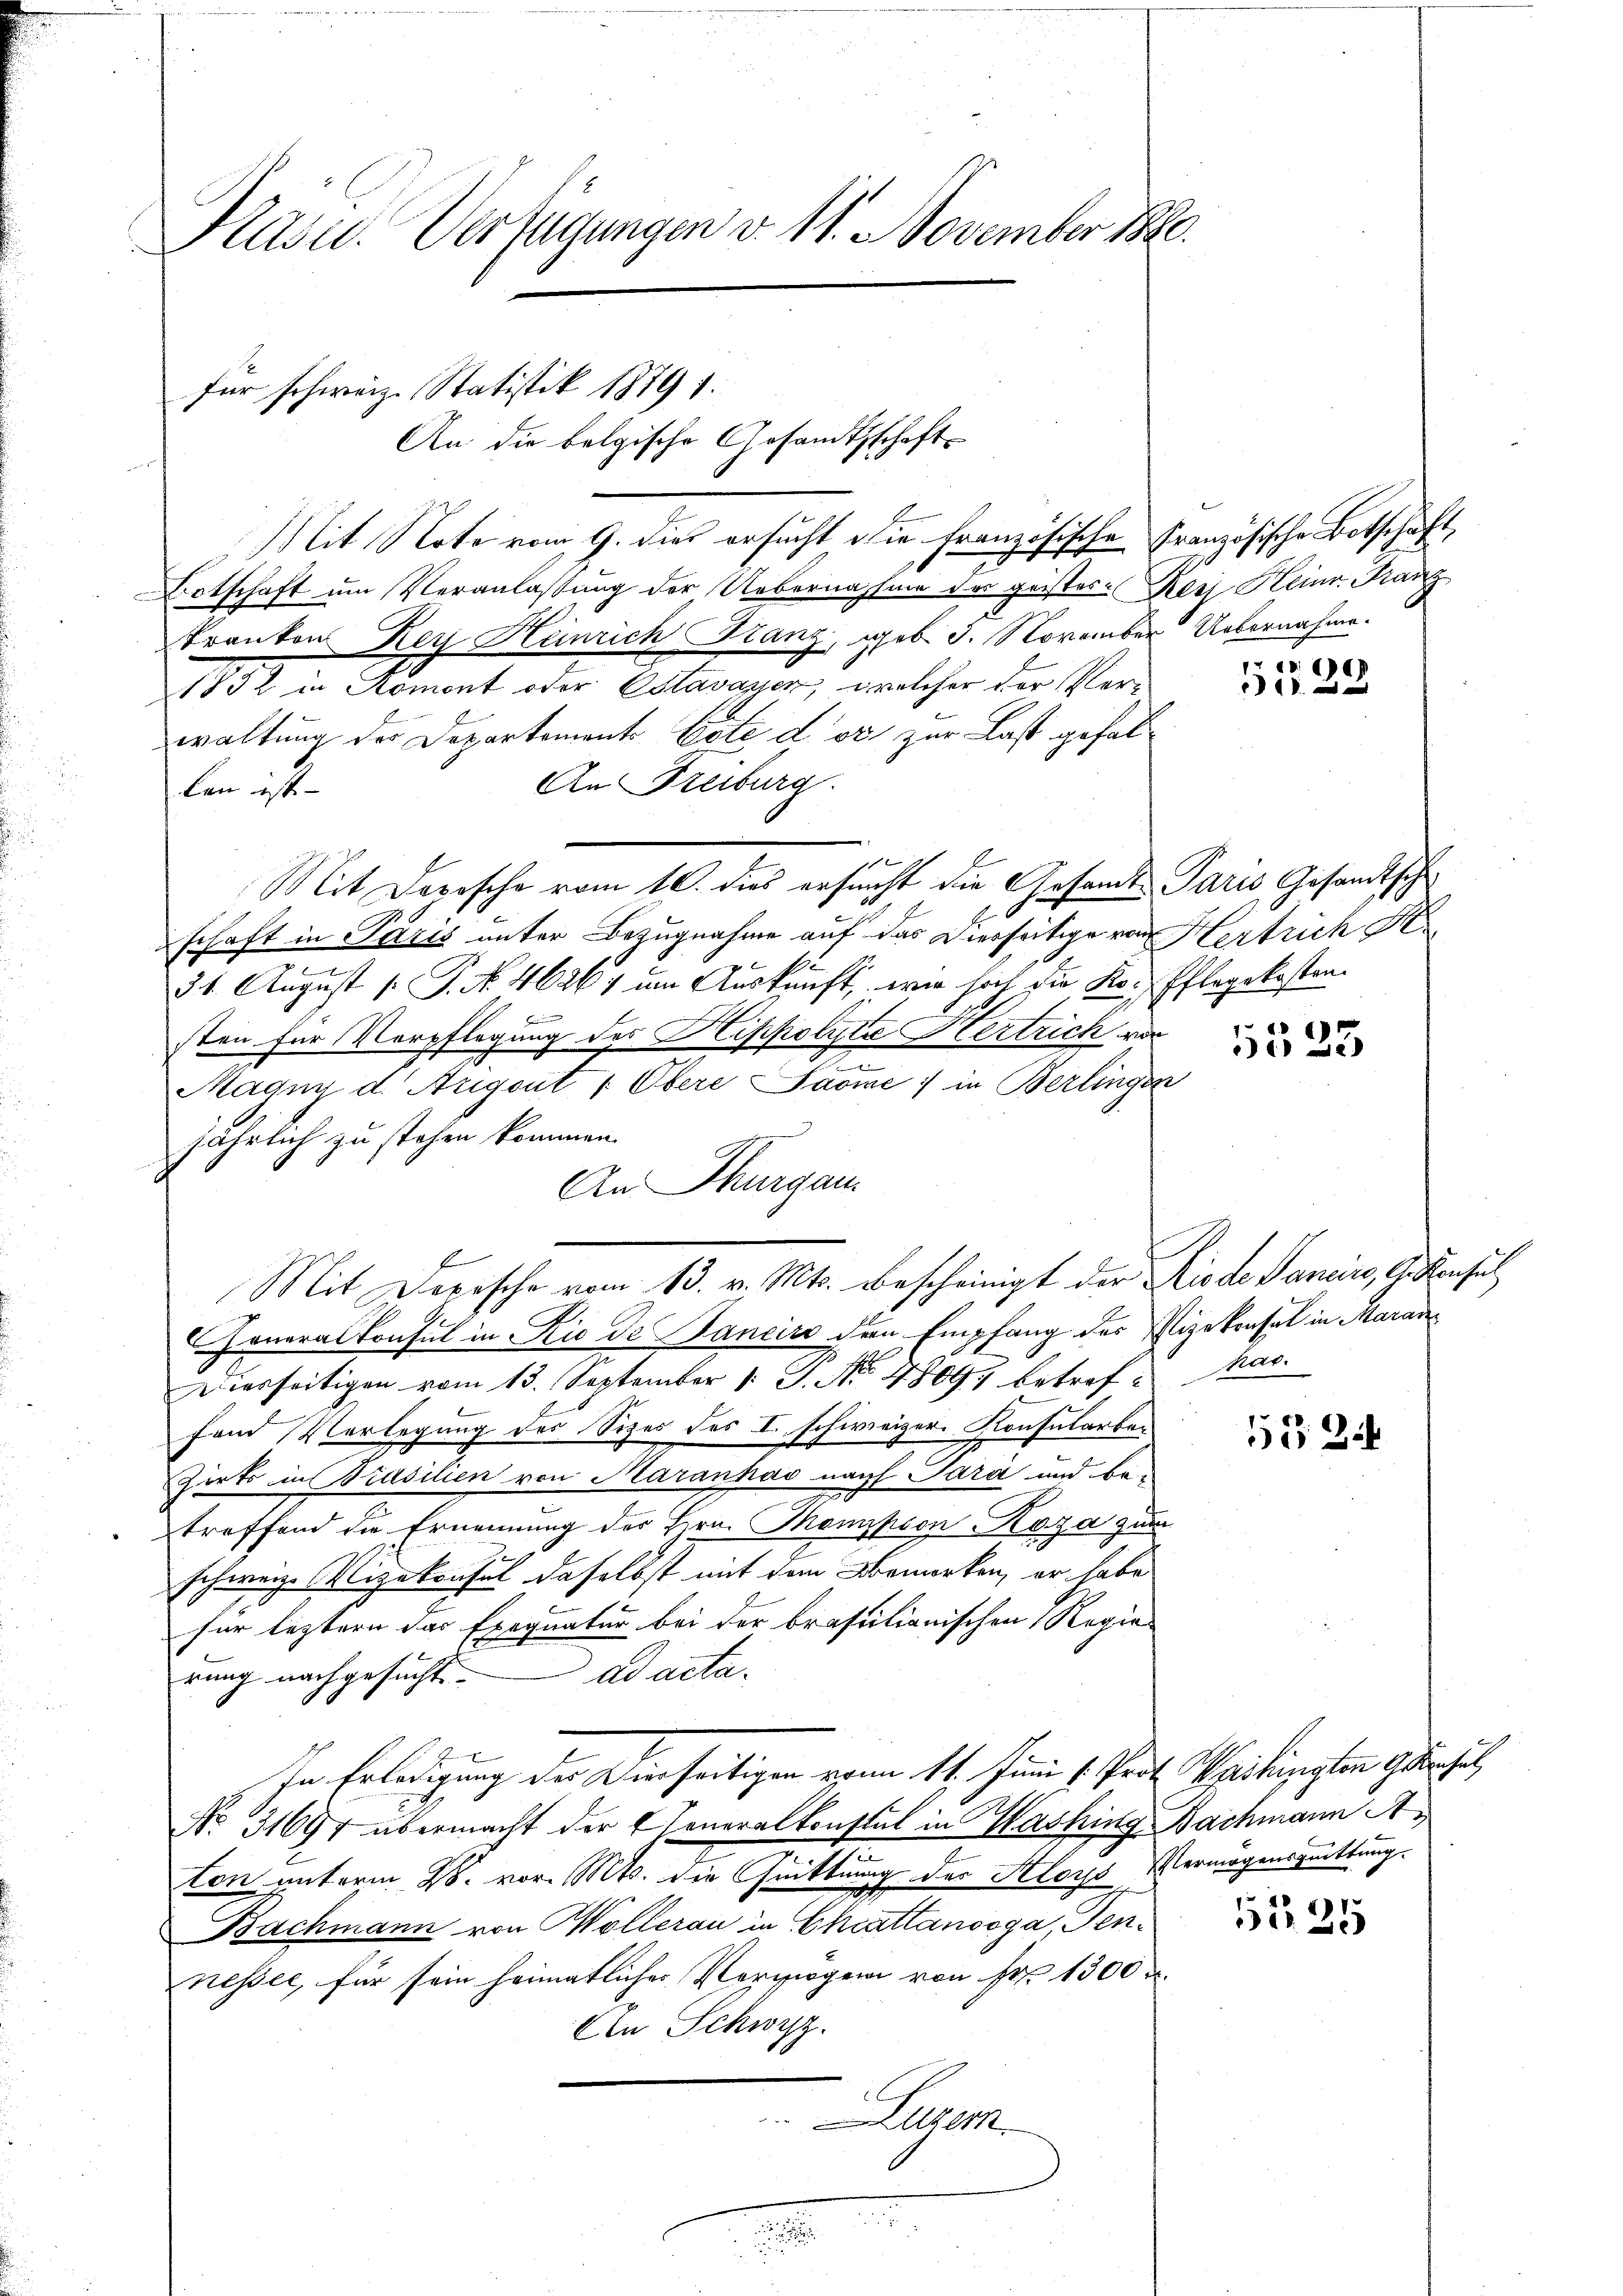
Pasu. Verfügungen v. 11. November 1880.

für schweiz. Statistik 1879 f.
An die belgische Gesandtschafts

Mit Note vom 9. dies ersucht die Französische Französische Botschaft,
otschaft um Veranlassung der Uebernahme der geister-Res Heinr. Franz
Tranken Rey Henrich Franz, geb. 3. November Uebernahme.
1832 in Romont oder Estavayer, welcher der Verwaltung des Departements Este der zur Last gefal¬
An Freiburg.
len ist
Mit Deposche vom 10. dies ersucht die Gesamte Paris Gesandtscheschaft in Paris unter Bezugnahme auf das Vierseitige von Hertrich K
se
e
31. August [ P. Nr. 46267 um Auskunft, wie hoch die Koi Pflegekosten.

sten für Verpflegung des Hippolyte Hertrich von
n
Magny d. Augent 7. Obere Summe in Berlingen
jährlich zu stehen kommen.
An Thurgau
Foneralkonsul in Rio de Janeiro der Empfang des Vizekonsul in Aarau¬
Diesseitigen vom 13. September 1. J. No. 4809 betreffand Vorlegung des Sizes des I. schweizer. Konsularbe¬
Firto in Prasilien von Maranhao nach Sara und be-
treffend die Ernennung des Hrn. Thompion-Koza zum
schweiz. Vizekonsul daselbst mit dem Bemerken, er habe
für leztern das Exequatur bei der brasilionischen Regie
rung nachgesucht. ad acta.
In Erledigung des Vierseitigen vom 11. Juni l. Prof. Washingten gensel
No. 31697 übermacht der Generalkonstal in Washing Nachmann A
ton unterm 28. vor. Mts. die Quittung des Kloys Vermögensquittung.
Bachmann von Wollerau in Chrattanooga, Pennesser, für sein heimatlicher Vermögen von Fr. 1300
An Schwyz.
Luzer

Mit Depesche vom 13. v. Mts. Bescheinigt der Kinde Pancirs, A. Konsul

5523

hac.

52 Zif

5125